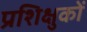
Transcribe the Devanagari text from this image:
प्रशिक्षुकों